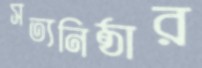
সত্যনিষ্ঠার